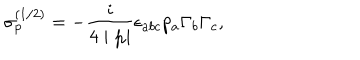
LaTeX: \sigma _ { p } ^ { ( 1 / 2 ) } = - \frac i { 4 \mid \mathbf { p } \mid } \epsilon _ { a b c } p _ { a } \Gamma _ { b } \Gamma _ { c } ,